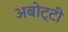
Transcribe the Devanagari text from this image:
अबोट्टी